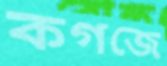
কগজে